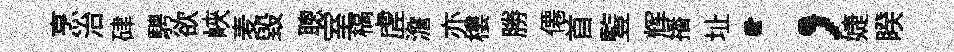
烹治硉騁欲峽麦毁聰室槁虗澹亦樓勝僊首䜿辉播址；婕睽